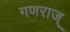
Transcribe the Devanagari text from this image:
गणराज्